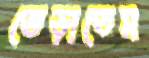
ভেড়াতেম